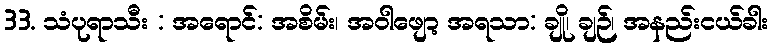
33. သံပုရာသီး : အရောင်: အစိမ်း၊ အဝါဖျော့ အရသာ: ချို၊ ချဉ်၊ အနည်းငယ်ခါး